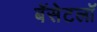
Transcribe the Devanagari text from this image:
बॅसेटलॉ